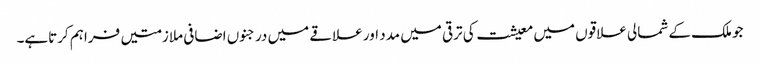
جو ملک کے شمالی علاقوں میں معیشت کی ترقی میں مدد اور علاقے میں درجنوں اضافی ملازمتیں فراہم کرتاہے۔